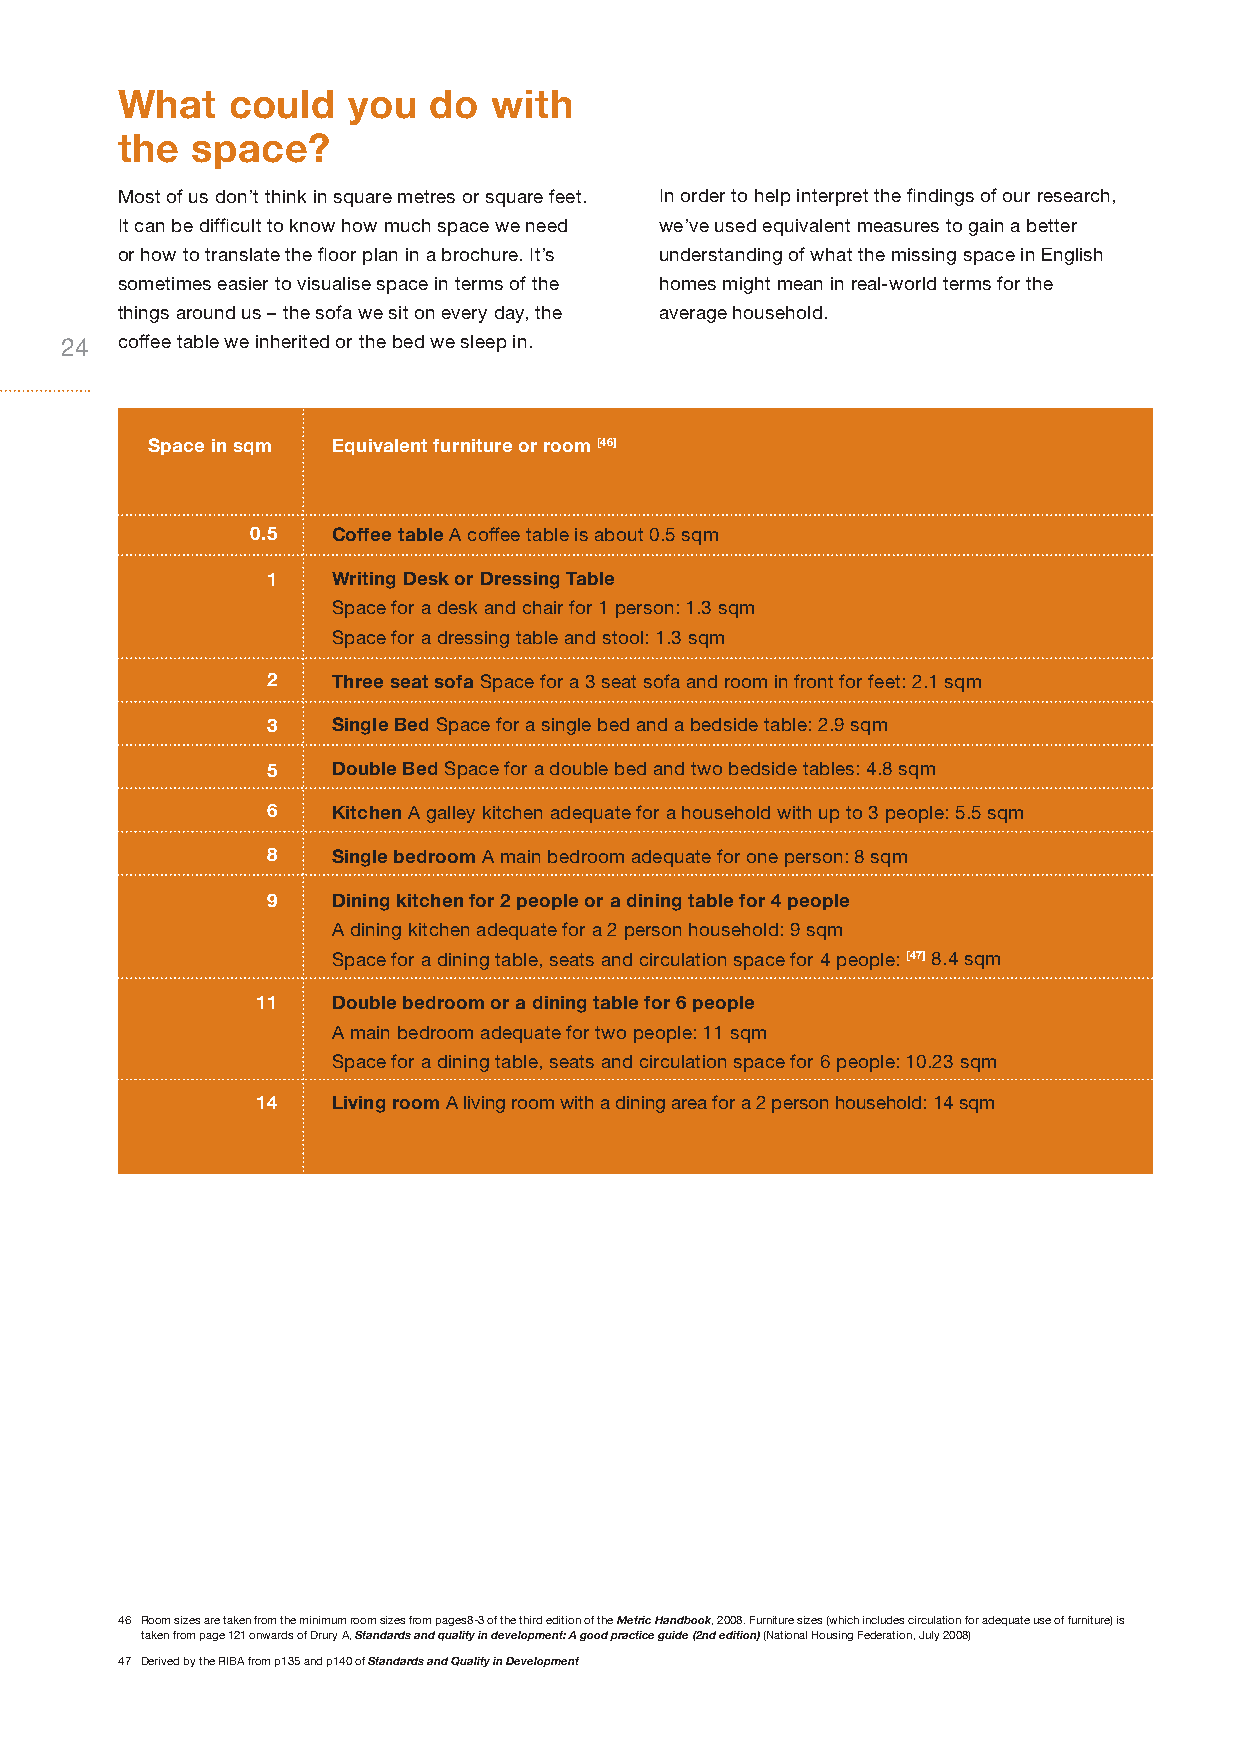
What   could   you  do   with
 the  space?
 Most of us don’t think in square metres or square feet. In order to help interpret the findings of our research,
 It can be difficult to know how much space we need we’ve used equivalent measures to gain a better
 or how to translate the floor plan in a brochure. It’s understanding of what the missing space in English
 sometimes easier to visualise space in terms of the homes might mean in real-world terms for the
 things around us – the sofa we sit on every day, the average household.
 24  coffee table we inherited or the bed we sleep in.
 Space in sqm Equivalent furniture or room [46]
 0.5  Coffee table A coffee table is about 0.5 sqm
 1   Writing Desk or Dressing Table
 Space for a desk and chair for 1 person: 1.3 sqm
 Space for a dressing table and stool: 1.3 sqm
 2   Three seat sofa Space for a 3 seat sofa and room in front for feet: 2.1 sqm
 3   Single Bed Space for a single bed and a bedside table: 2.9 sqm
 5   Double Bed Space for a double bed and two bedside tables: 4.8 sqm
 6   Kitchen A galley kitchen adequate for a household with up to 3 people: 5.5 sqm
 8   Single bedroom A main bedroom adequate for one person: 8 sqm
 9   Dining kitchen for 2 people or a dining table for 4 people
 A dining kitchen adequate for a 2 person household: 9 sqm
 Space for a dining table, seats and circulation space for 4 people: [47] 8.4 sqm
 11   Double bedroom or a dining table for 6 people
 A main bedroom adequate for two people: 11 sqm
 Space for a dining table, seats and circulation space for 6 people: 10.23 sqm
 14   Living room A living room with a dining area for a 2 person household: 14 sqm
 46 Room sizes are taken from the minimum room sizes from pages8-3 of the third edition of the Metric Handbook, 2008. Furniture sizes (which includes circulation for adequate use of furniture) is
 taken from page 121 onwards of Drury A, Standards and quality in development: A good practice guide (2nd edition) (National Housing Federation, July 2008)
 47 Derived by the RIBA from p135 and p140 of Standards and Quality in Development